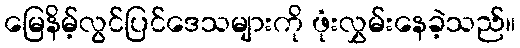
မြေနိမ့်လွင်ပြင်ဒေသများကို ဖုံးလွှမ်းနေခဲ့သည်။